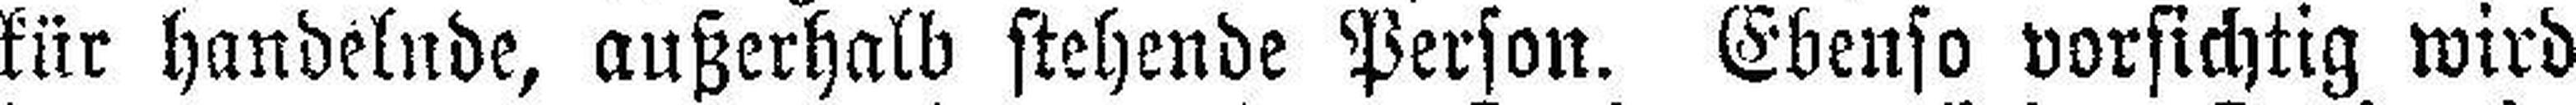
kür handelnde, außerhalb stehende Person. Ebenso vorsichtig wird